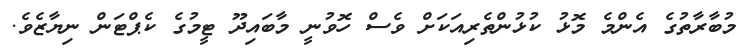
މުބާރާތުގެ އެންމެ މޮޅު ކުޅުންތެރިއަކަށް ވެސް ހޮވުނީ މާބައިދޫ ޓީމުގެ ކެޕްޓަން ނިޔާޒެވެ.